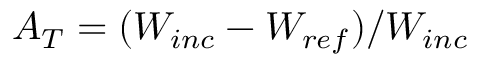
A _ { T } = ( W _ { i n c } - W _ { r e f } ) / W _ { i n c }